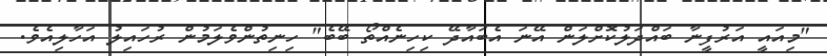
"މިއައީ އަރުފީނާ ބައްދަލުކޮށްލަން އޭނަ އެބައާދޭ ކިހިނެއްތޯ ބޭބެ" ހިނިތުންވެލަމުން ރުހައިލު އަހާލިއެވެ.